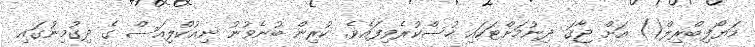
މަޔޯފިބްރިލް() އަށް ޖާގަ ދިނުމަށްޓަކައި ހުސްކުރެވިފައެވެ. ކުރިން ބުނެވުނު ނިއުކްލިއަސް ގެ ދިގުމިނުގައި